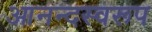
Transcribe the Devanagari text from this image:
आनन्दस्वरूप